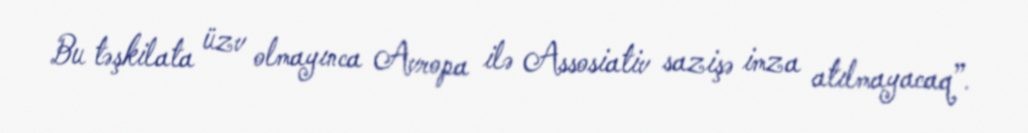
Bu təşkilata üzv olmayınca Avropa ilə Assosiativ sazişə imza atılmayacaq”.